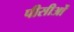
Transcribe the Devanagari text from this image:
पीसीओं